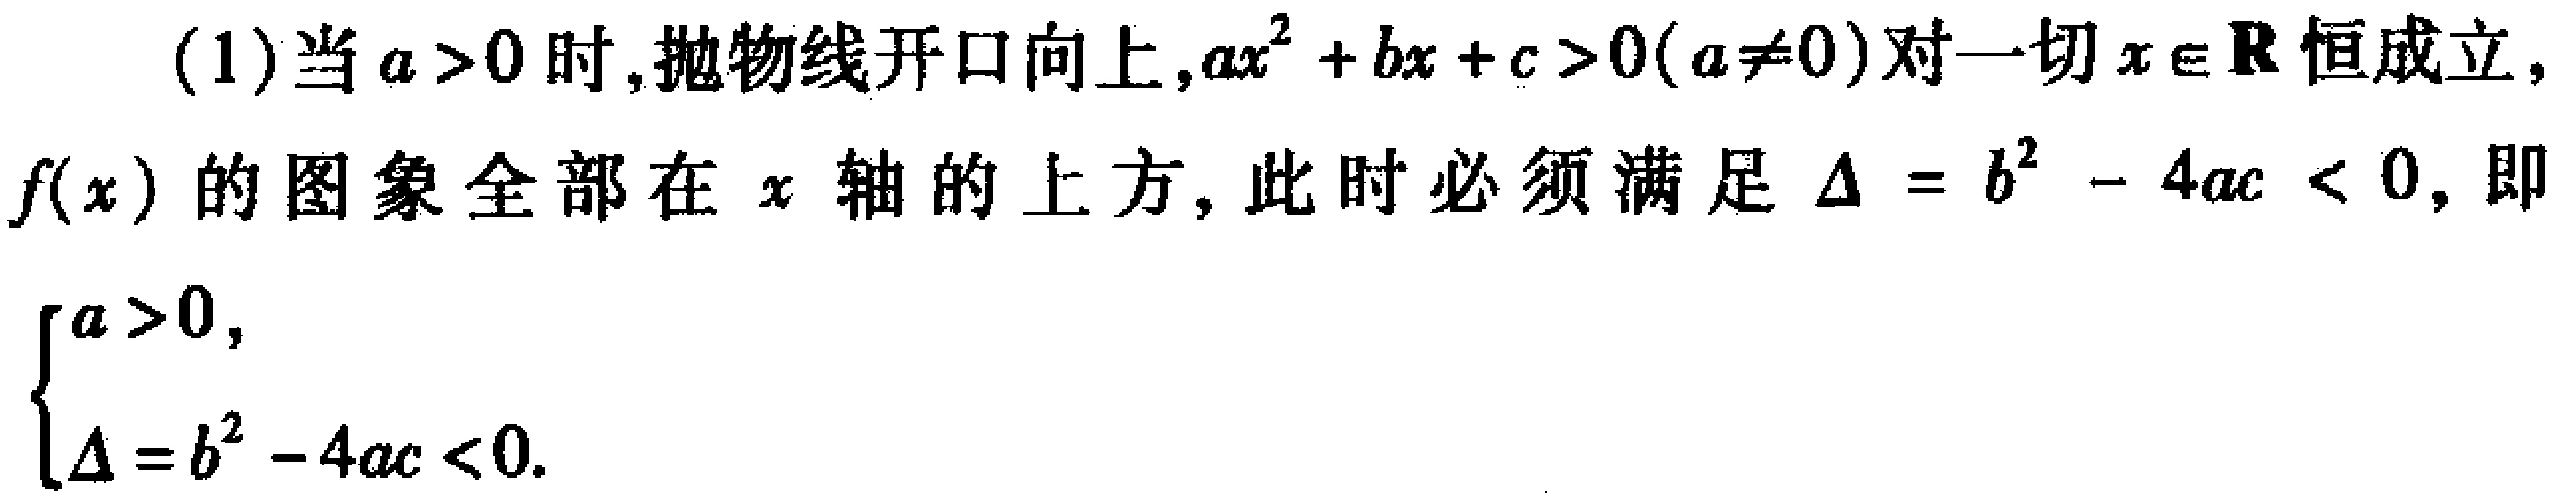
(1)当$a > 0$时,抛物线开口向上,$ax^{2}+bx + c>0(a\neq0)$对一切$x\in\mathbf{R}$恒成立，$f(x)$的图象全部在$x$轴的上方, 此时必须满足$\Delta=b^{2}-4ac<0$,即

\[\begin{cases}

a>0,\\

\Delta = b^{2}-4ac<0.

\end{cases}\]